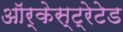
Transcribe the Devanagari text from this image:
ऑर्केस्ट्रेटेड